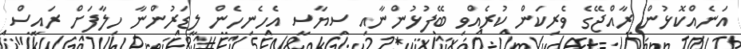
އަނެއްކޮޅުން ރާއްޖޭގެ ވެރިކަން ކުރެއްވި ބޭފުޅުންނާއި ސިޔާސީ އެހެނިހެން ލީޑަރުންނާ ހިލާފަށް ރައީސް